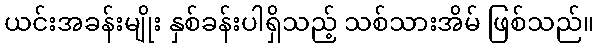
ယင်းအခန်းမျိုး နှစ်ခန်းပါရှိသည့် သစ်သားအိမ် ဖြစ်သည်။